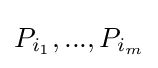
P_{i_{1}},...,P_{i_{m}}